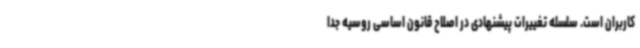
کاربران است. سلسله تغییرات پیشنهادی در اصلاح قانون اساسی روسیه جدا